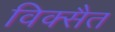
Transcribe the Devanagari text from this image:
विक्सैत